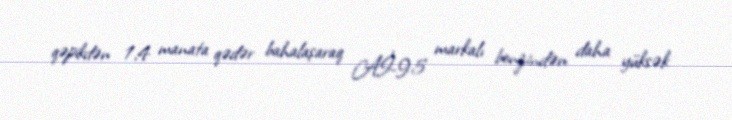
qəpikdən 1,4 manata qədər bahalaşaraq Aİ-95 markalı benzindən daha yüksək